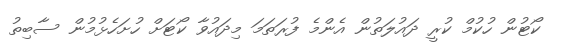
ކޯޓުން ހުކުމް ކުރީ ދައުލަތުން އެންމެ ފުރަތަމަ މިދައުވާ ކޯޓަށް ހުށަހެޅުމުން ސާބިތު